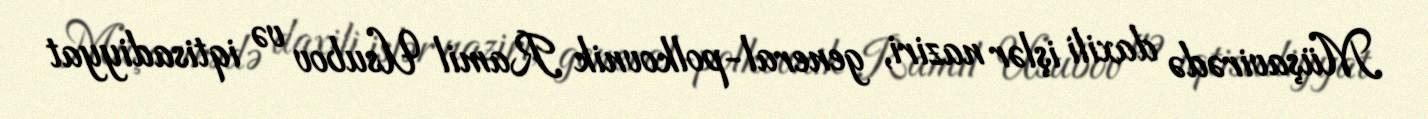
Müşavirədə daxili işlər naziri, general-polkovnik Ramil Usubov və iqtisadiyyat